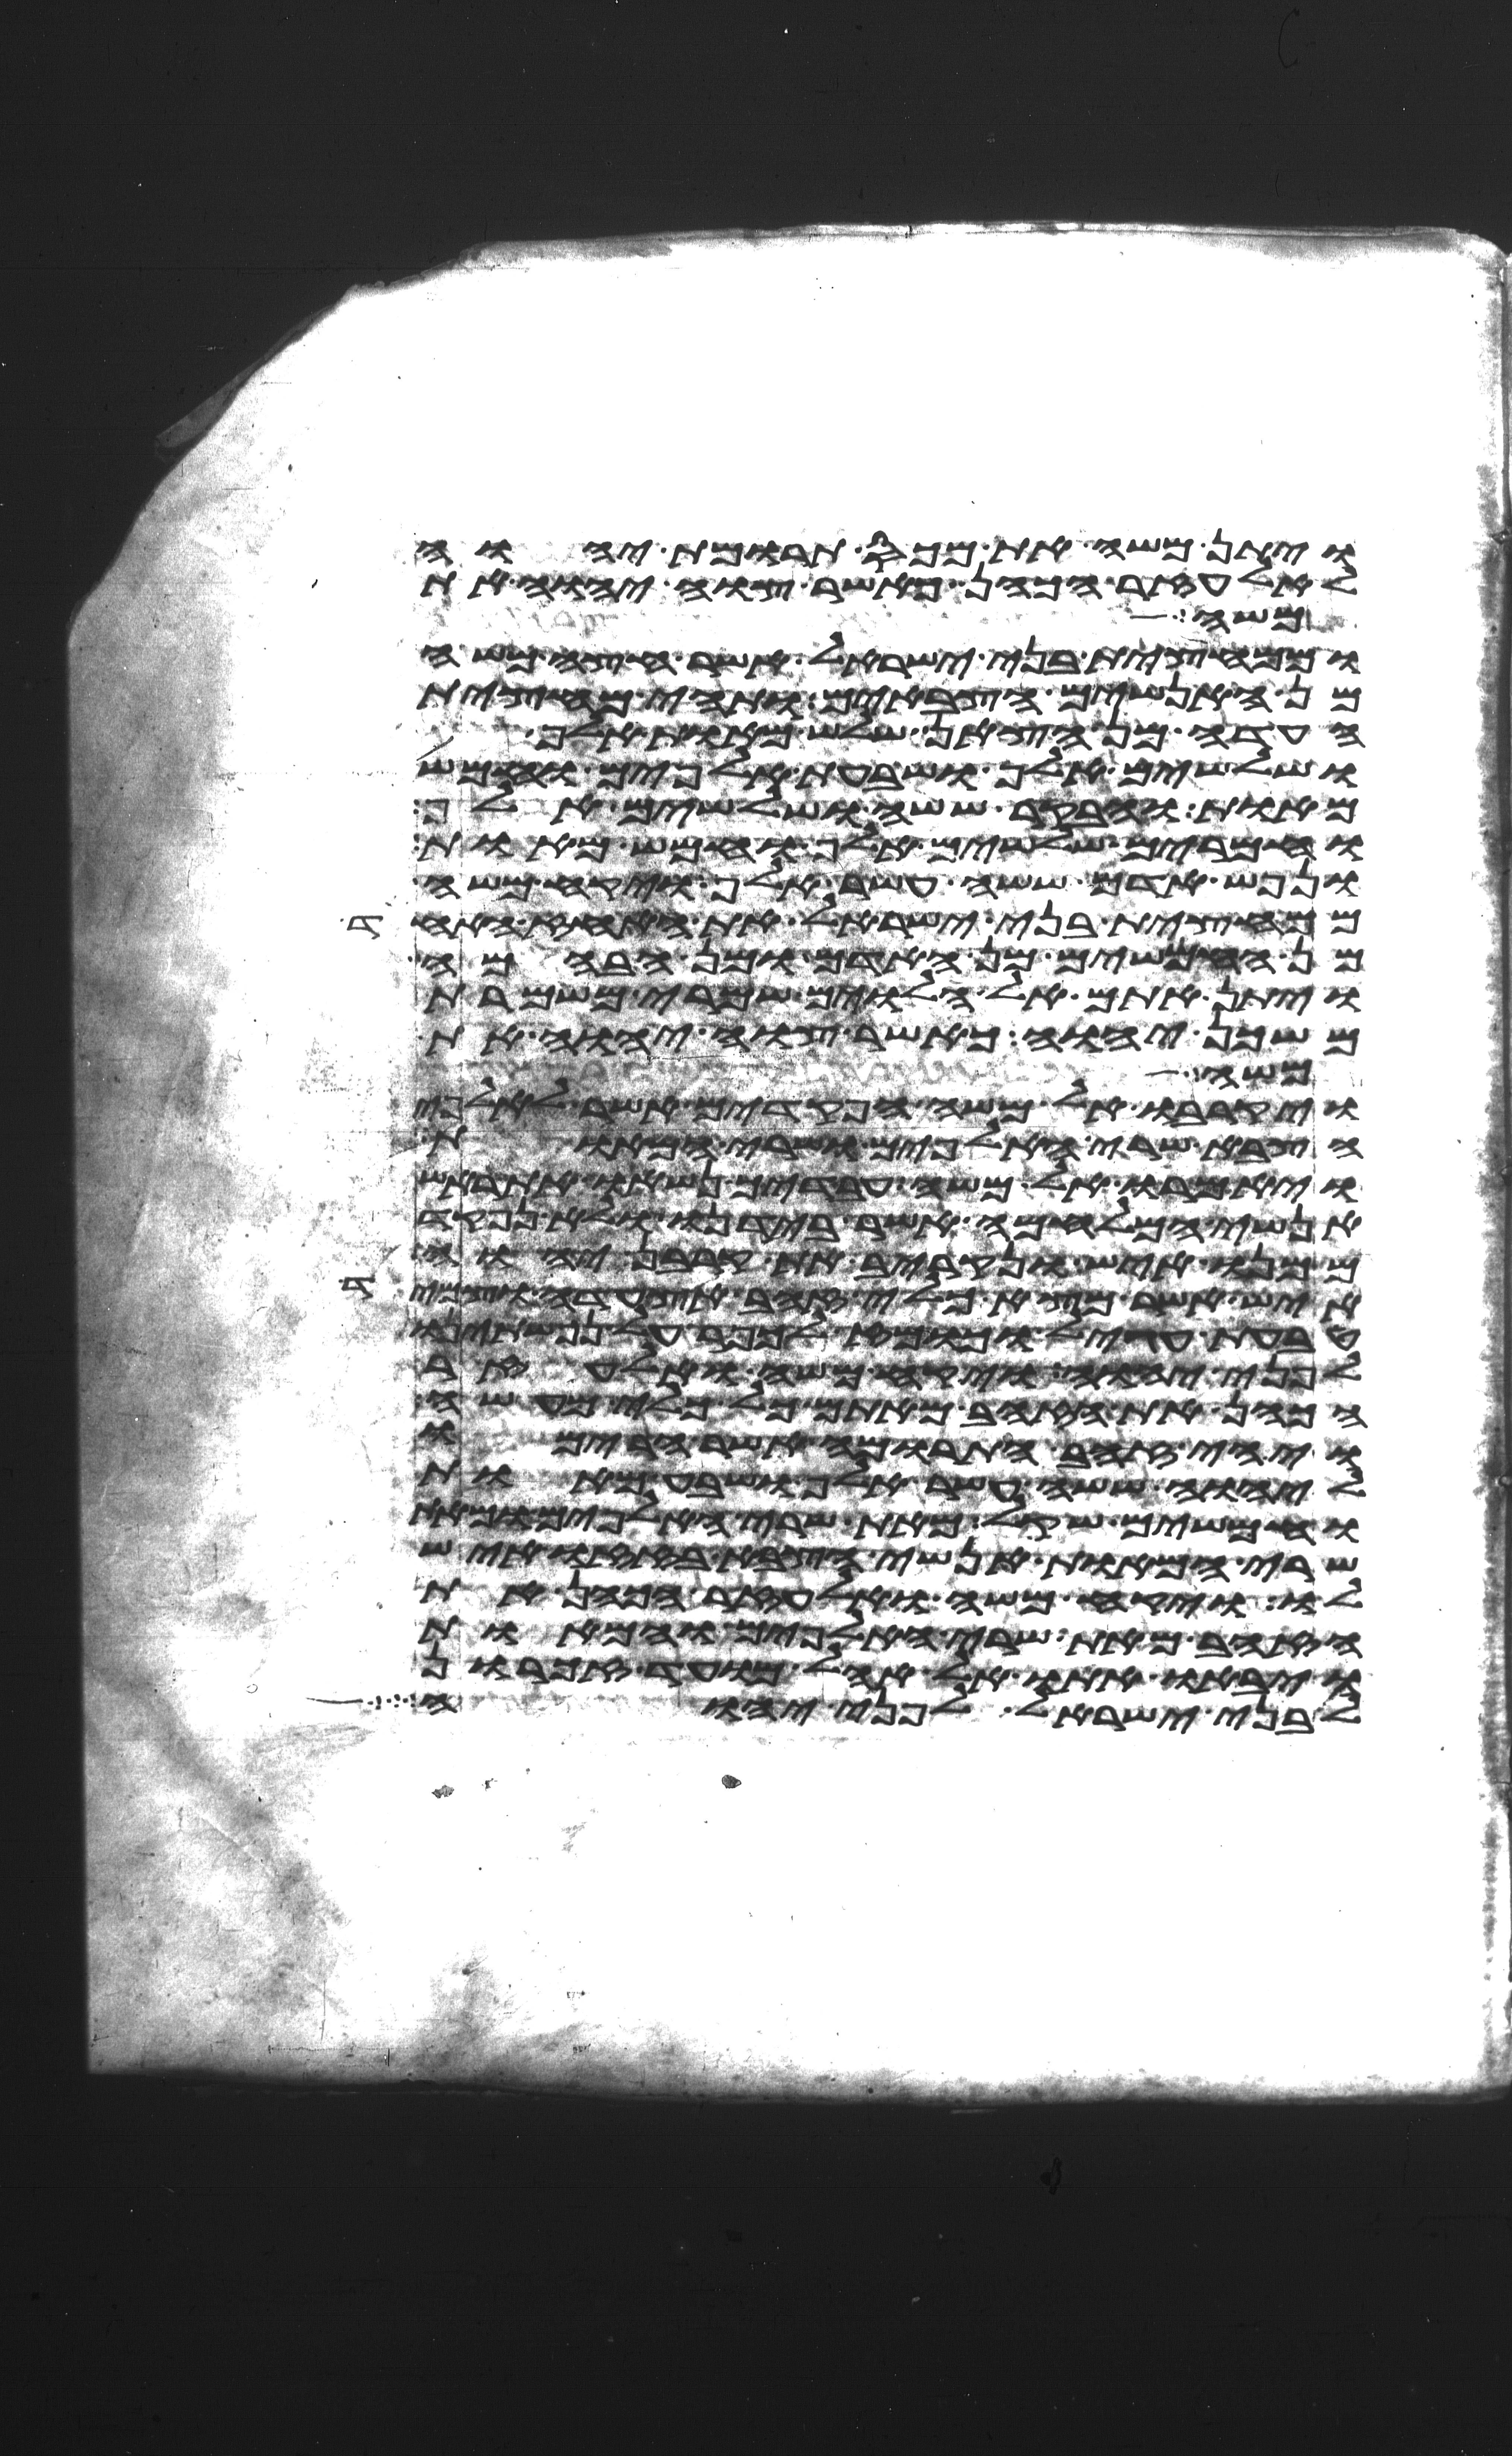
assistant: ויתן משה את מכס תרומת יהוה
לאלעזר הכהן כאשר צוה יהוה את
משה
וממחצית בני ישראל אשר חצה משה
מן האנשים הצבאים ותהי מחצית
העדה מן הצאן שלש מאות אלף
ושלשים אלף ושבעת אלפים וחמש
מאות ובקר ששה ושלשים אלף
וחמרים שלשים אלף וחמש מאות
ונפש אדם ששה עשר אלף ויקח משה
ממחצית בני ישראל את האחז אחד
מן החמשים מן האדם ומן הבהמה
ויתן אתם אל הלוים שמרי משמרת
משכן יהוה כאשר צוה יהוה את
משה
ויקרבו אל משה הפקדים אשר לאלפי
הצבא שרי האלפים ושרי המאות
ויאמרו אל משה עבדיך נשאו את ראש
אנשי המלחמה אשר בידנו ולא נפקד
ממנו איש ונקריב את קרבן יהוה
איש אשר מצא כלי זהב אצעדה וצמיד
טבעת עגיל וכומז לכפר על נפשתינו
לפני יהוה ויקח משה ואלעזר
הכהן את הזהב מאתם כל כלי מעשה
ויהי זהב התרומה אשר הרימו
ליהוה ששה עשר אלף ושבע מאות
וחמשים שקל מאת שרי האלפים ומאת
שרי המאות אנשי הצבא בזזו איש
לו ויקח משה ואלעזר הכהן את
הזהב מאת שרי האלפים והמאות
ויביאו אתו אל אהל מועד זכרון
לבני ישראל לפני יהוה